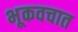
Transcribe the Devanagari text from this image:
भूकवचात